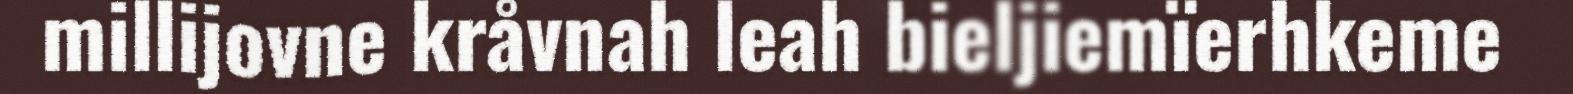
millijovne kråvnah leah bieljiemïerhkeme